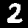
Digit: 2